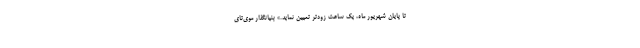
تا پایان شهریور ماه، یک ساعت زودتر تعیین نماید.» بنیانگذار موی‌تای